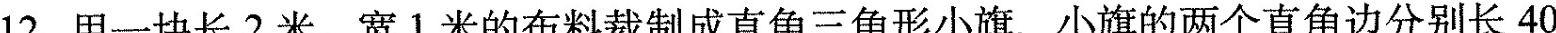
12.用一块长2米、宽1米的布料裁制成直角三角形小旗，小旗的两个直角边分别长40